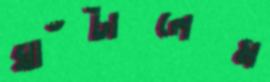
ঘাঁটালেম